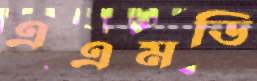
এএমডি